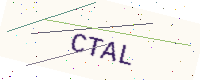
Text: CTAL